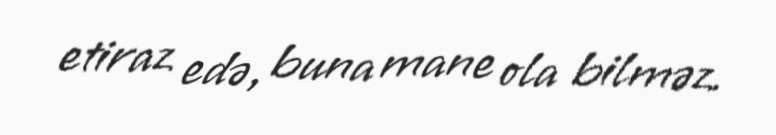
etiraz edə, buna mane ola bilməz.